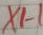
Text: X1-1